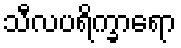
သီလပရိက္ခာရော